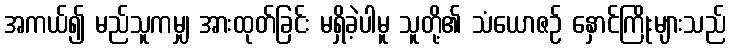
အကယ်၍ မည်သူကမျှ အားထုတ်ခြင်း မရှိခဲ့ပါမူ သူတို့၏ သံယောဇဉ် နှောင်ကြိုးများသည်